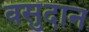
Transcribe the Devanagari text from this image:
वसुदान